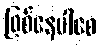
ဖြစ်နေပါစေ